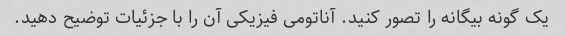
یک گونه بیگانه را تصور کنید. آناتومی فیزیکی آن را با جزئیات توضیح دهید.